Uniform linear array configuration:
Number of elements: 48
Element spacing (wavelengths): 0.25
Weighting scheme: hamming
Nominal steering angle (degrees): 0
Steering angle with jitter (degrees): -0.9955
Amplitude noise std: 0.05
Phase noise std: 0.05

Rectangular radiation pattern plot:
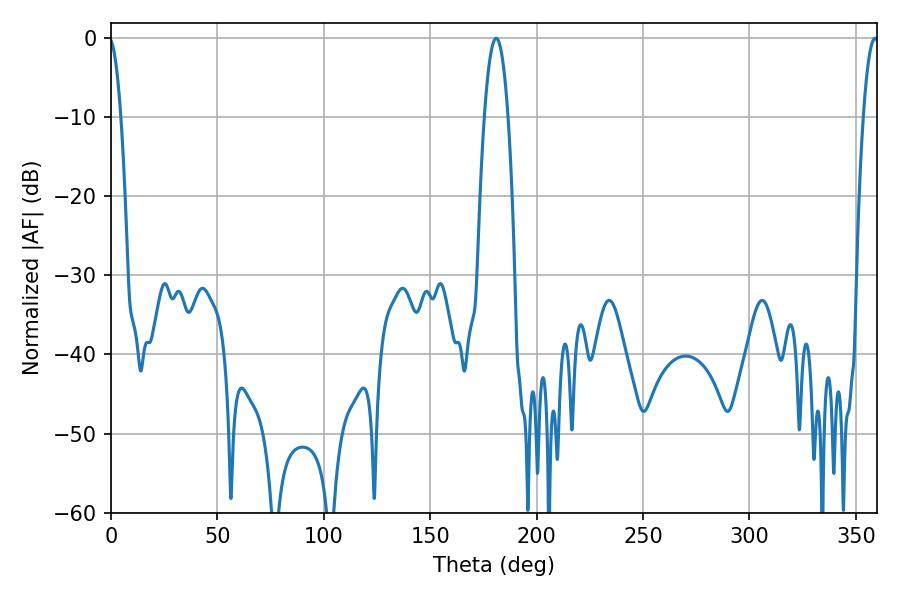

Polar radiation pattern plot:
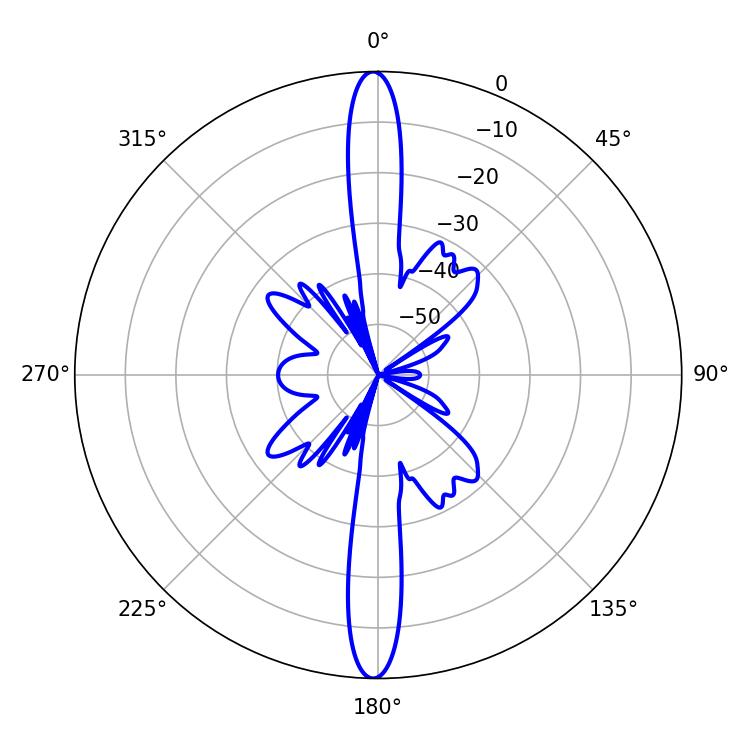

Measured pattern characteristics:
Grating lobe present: FALSE
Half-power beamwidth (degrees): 6.12
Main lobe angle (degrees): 180.9